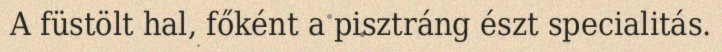
A füstölt hal, főként a pisztráng észt specialitás.